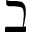
\beth